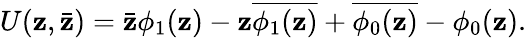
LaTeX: U(\mathbf{z},\bar{{\mathbf{z}}})=\bar{{\mathbf{z}}}\phi_{1}(\mathbf{z})-\mathbf{z}\overline{{{{\phi_{1}(\mathbf{z})}}}}+\overline{{{{\phi_{0}(\mathbf{z})}}}}-\phi_{0}(\mathbf{z}).